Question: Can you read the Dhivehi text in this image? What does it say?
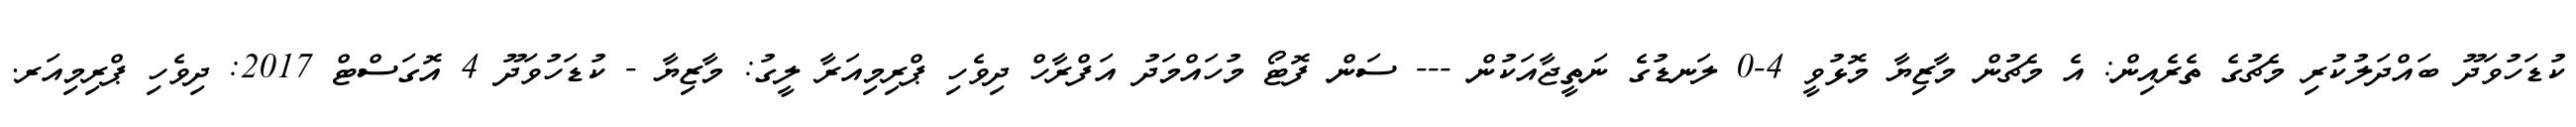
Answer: ކުޑަހުވަދޫ ބައްދަލުކުރި މެޗުގެ ތެރެއިން: އެ މެޗުން މާޒިޔާ މޮޅުވީ 4-0 ލަނޑުގެ ނަތީޖާއަކުން --- ސަން ފޮޓޯ މުހައްމަދު އަފްރާހް ދިވެހި ޕްރިމިއަރާ ލީގު: މާޒިޔާ - ކުޑަހުވަދޫ 4 އޮގަސްޓް 2017: ދިވެހި ޕްރިމިއަރ.